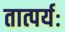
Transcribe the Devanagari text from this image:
तात्पर्यः